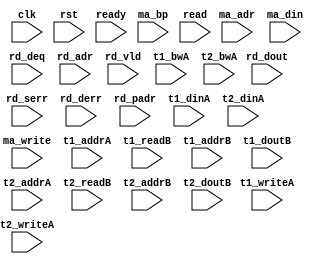
/*
 * Copyright (C) 2011 Memoir Systems Inc. These coded instructions, statements, and computer programs are
 * Confidential Proprietary Information of Memoir Systems Inc. and may not be disclosed to third parties
 * or copied in any form, in whole or in part, without the prior written consent of Memoir Systems Inc.
 * 
 * */

module algo_1r8m_m81_sva_wrap
#(parameter IP_WIDTH = 32, parameter IP_BITWIDTH = 5, parameter IP_DECCBITS = 7, parameter IP_NUMADDR = 8192, parameter IP_BITADDR = 13, 
parameter IP_NUMVBNK = 4,	parameter IP_BITVBNK = 2, parameter IP_BITPBNK = 3,
parameter IP_ENAECC = 0, parameter IP_ENAPAR = 0, parameter IP_SECCBITS = 4, parameter IP_SECCDWIDTH = 3, 
parameter FLOPECC = 0, parameter FLOPIN = 0, parameter FLOPOUT = 0, parameter FLOPCMD = 0, parameter FLOPMEM = 0,
parameter IP_REFRESH = 1, parameter IP_REFFREQ = 6,  parameter IP_REFFRHF = 0,

parameter T1_WIDTH = 32, parameter T1_NUMVBNK = 4, parameter T1_BITVBNK = 2, parameter T1_DELAY = 1, parameter T1_NUMVROW = 2048, parameter T1_BITVROW = 11, 
parameter T1_BITWSPF = 0, parameter T1_NUMWRDS = 1, parameter T1_BITWRDS = 1, parameter T1_NUMSROW = 2048, parameter T1_BITSROW = 11, parameter T1_PHYWDTH = 32,

parameter T2_WIDTH = 11, parameter T2_NUMVBNK = 4, parameter T2_BITVBNK = 2, parameter T2_DELAY = 1, parameter T2_NUMVROW = 2048, parameter T2_BITVROW = 11,
parameter T2_BITWSPF = 0, parameter T2_NUMWRDS = 1, parameter T2_BITWRDS = 1, parameter T2_NUMSROW = 2048, parameter T2_BITSROW = 11, parameter T2_PHYWDTH = 11)
( clk, 		rst, 		ready,
  ma_write, 	ma_adr, 	ma_din,	        ma_bp,
  read, 	rd_deq,		rd_adr, 	rd_dout, 	rd_vld, 	rd_serr, 	rd_derr, 	rd_padr,

t1_writeA, t1_addrA, t1_dinA, t1_bwA,
t1_readB, t1_addrB, t1_doutB,
t2_writeA, t2_addrA, t2_dinA, t2_bwA, 
t2_readB, t2_addrB, t2_doutB);


  parameter NUMRDPT = 1;
  parameter NUMWRPT = 8;
  
  parameter T1_INST = T1_NUMVBNK;
  parameter T2_INST = T2_NUMVBNK;
  
  parameter WIDTH = IP_WIDTH;
  parameter BITWDTH = IP_BITWIDTH;
  parameter NUMADDR = IP_NUMADDR;
  parameter BITADDR = IP_BITADDR;
  
  parameter NUMVROW = T1_NUMVROW;  // ALGO1 Parameters
  parameter BITVROW = T1_BITVROW;
  parameter NUMVBNK = T1_NUMVBNK;
  parameter BITVBNK = T1_BITVBNK;
  
  parameter NUMWRDS = T1_NUMWRDS;     // ALIGN Parameters
  parameter BITWRDS = T1_BITWRDS;
  parameter NUMSROW = T1_NUMSROW;
  parameter BITSROW = T1_BITSROW;
  
  parameter ECCBITS = IP_SECCBITS;
  parameter SRAM_DELAY = T2_DELAY;
  parameter DRAM_DELAY = T1_DELAY;
  
  parameter MEMWDTH = WIDTH;
  parameter PHYWDTH = NUMWRDS*MEMWDTH;
  parameter BITPADR = BITVBNK+BITSROW+BITWRDS+1;
  parameter SDOUT_WIDTH = BITVROW;

input clk; input rst;
input ready; 

input  [NUMWRPT - 1:0]				ma_write; 
input  [NUMWRPT* BITADDR - 1:0] 	ma_adr; 
input  [NUMWRPT* WIDTH - 1:0]		ma_din;
input  [NUMWRPT - 1:0]				ma_bp; 

input  [NUMRDPT - 1:0] 				read; 
input  [NUMRDPT - 1:0] 				rd_deq; 
input  [NUMRDPT* BITADDR - 1:0] 	rd_adr; 
input [NUMRDPT* WIDTH - 1:0] 		rd_dout; 
input [NUMRDPT - 1:0] 				rd_vld; 
input [NUMRDPT - 1:0] 				rd_serr; 
input [NUMRDPT - 1:0] 				rd_derr; 
input [NUMRDPT* BITPADR - 1:0] 	rd_padr;

input [T1_INST- 1:0] 			t1_writeA; 
input [T1_INST*BITSROW - 1:0] t1_addrA; 
input [T1_INST*PHYWDTH - 1:0] 	t1_dinA;
input [T1_INST*PHYWDTH - 1:0] 	t1_bwA; 
input [T1_INST - 1:0] 			t1_readB; 
input [T1_INST*BITSROW - 1:0] t1_addrB; 
input  [T1_INST*PHYWDTH - 1:0] 	t1_doutB;

input [T2_INST - 1:0] t2_writeA; 
input [T2_INST*BITVROW - 1:0] t2_addrA; 
input [T2_INST*SDOUT_WIDTH - 1:0] t2_dinA; 
input [T2_INST*SDOUT_WIDTH - 1:0] t2_bwA;

input [T2_INST - 1:0] t2_readB; 
input [T2_INST*BITVROW - 1:0] t2_addrB; 
input  [T2_INST*SDOUT_WIDTH - 1:0] t2_doutB;

endmodule